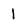
Character: 1